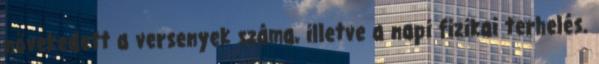
növekedett a versenyek száma, illetve a napi fizikai terhelés.